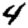
Digit: 4